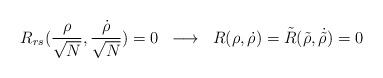
LaTeX: \begin{align*}R_{rs} ( \frac{\rho}{\sqrt N} , \frac{\dot{\rho}}{\sqrt N} ) = 0 \; \; \longrightarrow \; \; R(\rho , \dot{\rho} ) = \tilde{R}(\tilde{\rho} , \dot{\tilde{\rho}} ) = 0 \end{align*}